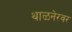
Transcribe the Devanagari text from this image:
थाळनेरवर